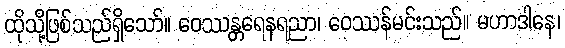
ထိုသို့ဖြစ်သည်ရှိသော်။ ဝေဿန္တရေနရညာ၊ ဝေဿန်မင်းသည်။ မဟာဒါနေ၊